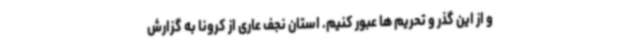
و از این گذر و تحریم ها عبور کنیم. استان نجف عاری از کرونا به گزارش